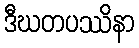
ဒီဃတပဿိနာ